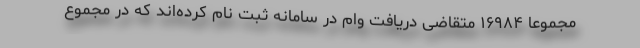
مجموعا ۱۶۹۸۴ متقاضی دریافت وام در سامانه ثبت نام کرده‌اند که در مجموع